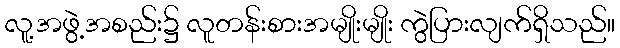
လူ့အဖွဲ့အစည်း၌ လူတန်းစားအမျိုးမျိုး ကွဲပြားလျက်ရှိသည်။